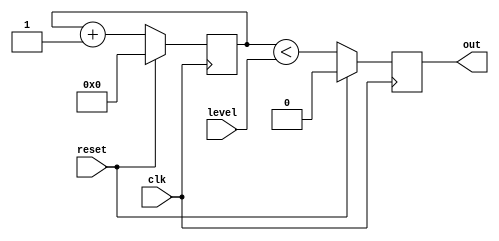
`default_nettype none
`timescale 1ns/1ns
module pwm #(
    parameter WIDTH = 8,
    parameter INVERT = 0
    ) (
    input wire clk,
    input wire reset,
    output reg out,
    input wire [WIDTH-1:0] level
    );

    reg [WIDTH-1:0] count;
    wire pwm_on = count < level;

    always @(posedge clk) begin
        if(reset)
            count <= 1'b0;
        else
            count <= count + 1'd1;
    end

    always @(posedge clk)
        out <= reset ? 1'b0: INVERT == 1'b0 ? pwm_on : ! pwm_on;

endmodule